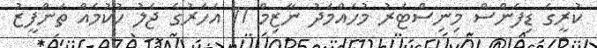
ކުރީގެ ޑިފެންސް މިނިސްޓަރު މުހައްމަދު ނާޒިމް 11 އަހަރުގެ ޖަލު ހުކުމެއް ތަންފީޒު